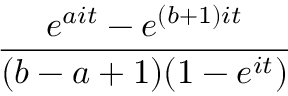
\frac { e ^ { a i t } - e ^ { ( b + 1 ) i t } } { ( b - a + 1 ) ( 1 - e ^ { i t } ) }